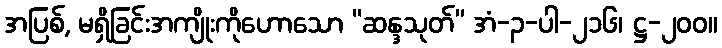
အပြစ်, မရှိခြင်းအကျိုးကိုဟောသော “ဆန္ဒသုတ်” အံ-၃-ပါ-၂၁၆၊ ဋ္ဌ-၂၀၀။